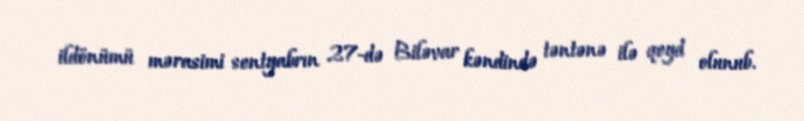
ildönümü mərasimi sentyabrın 27-də Biləvar kəndində təntənə ilə qeyd olunub.